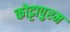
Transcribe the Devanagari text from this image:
कोट्टापुरम